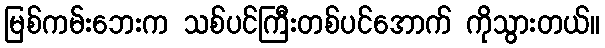
မြစ်ကမ်းဘေးက သစ်ပင်ကြီးတစ်ပင်အောက် ကိုသွားတယ်။